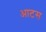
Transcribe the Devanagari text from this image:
आटस